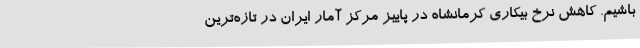
باشیم. کاهش نرخ بیکاری کرمانشاه در پاییز مرکز آمار ایران در تازه‌ترین